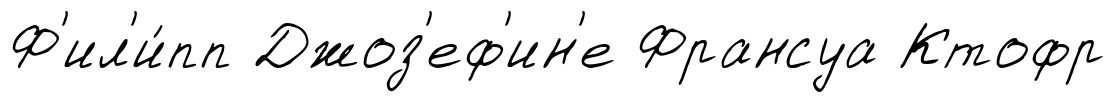
Ф'ил'и́пп Джоз'еф'ин'е Франсуа Ктофр